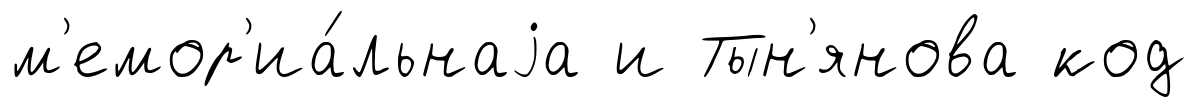
м'емор'иа́льнаjа и Тын'янова код